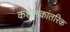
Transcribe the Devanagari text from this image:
कशेरूकांतरिक